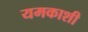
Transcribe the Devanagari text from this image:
यमकाशी